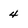
Character: 4